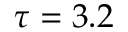
\tau = 3 . 2